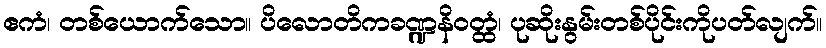
ဧကံ၊ တစ်ယောက်သော။ ပိလောတိကခဏ္ဍနိဝတ္ထံ၊ ပုဆိုးနွမ်းတစ်ပိုင်းကိုပတ်လျက်။